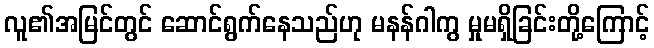
လူ၏အမြင်တွင် ဆောင်ရွက်နေသည်ဟု မနန်ဂါကွ မှုမရှိခြင်းတို့ကြောင့်